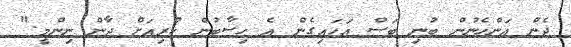
ދެން އަންހެނުން ބުނި ބަސް އަހައިގެން އެ ހިސާބުން ކުރިއަށް ދާން ނިންމީ."